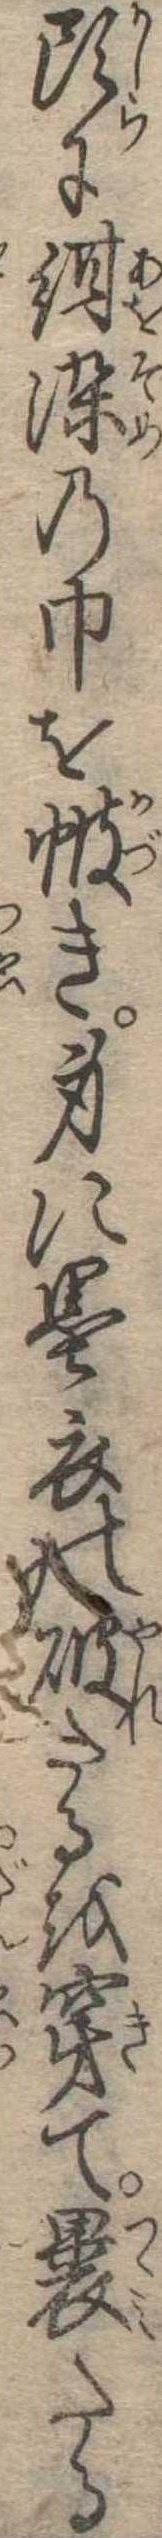
頭に紺染の巾をき身に墨衣の破たるを穿て裹たる